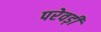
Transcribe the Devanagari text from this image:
परेवड़ी